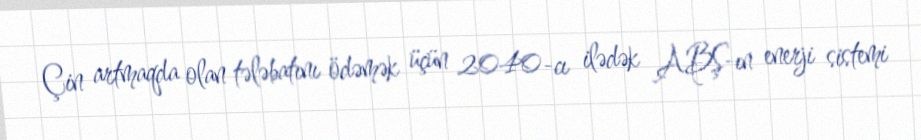
Çin artmaqda olan tələbatını ödəmək üçün 2040-cı ilədək ABŞ-ın enerji sistemi